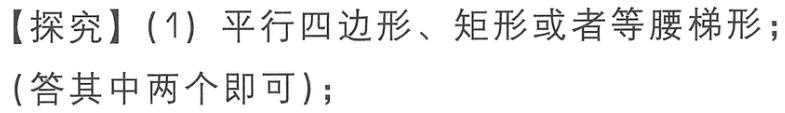
【探究】(1) 平行四边形、矩形或者等腰梯形；
(答其中两个即可)；